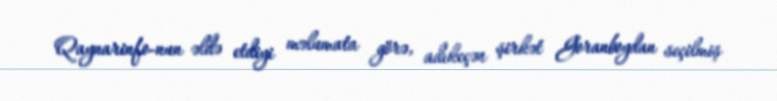
Qaynarinfo-nun əldə etdiyi məlumata görə, adıkeçən şirkət Goranboydan seçilmiş